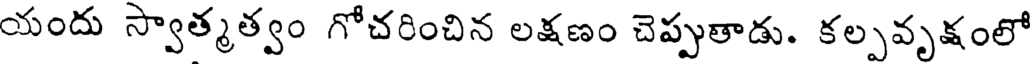
యందు స్వాత్మత్వం గోచరించిన లక్షణం చెప్పుతాడు. కల్పవృక్షంలో